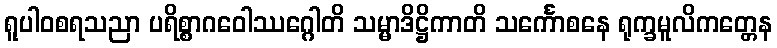
ရူပါဝစရသညာ ပရိစ္စာဂဝေါဿဂ္ဂေါတိ သမ္မာဒိဋ္ဌိကာတိ သင်္ကောစနေ ရုက္ခမူလိကတ္တေန